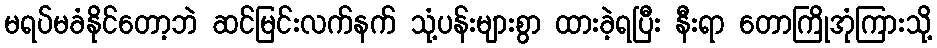
မရပ်မခံနိုင်တော့ဘဲ ဆင်မြင်းလက်နက် သုံ့ပန်းများစွာ ထားခဲ့ရပြီး နီးရာ တောကြိုအုံကြားသို့